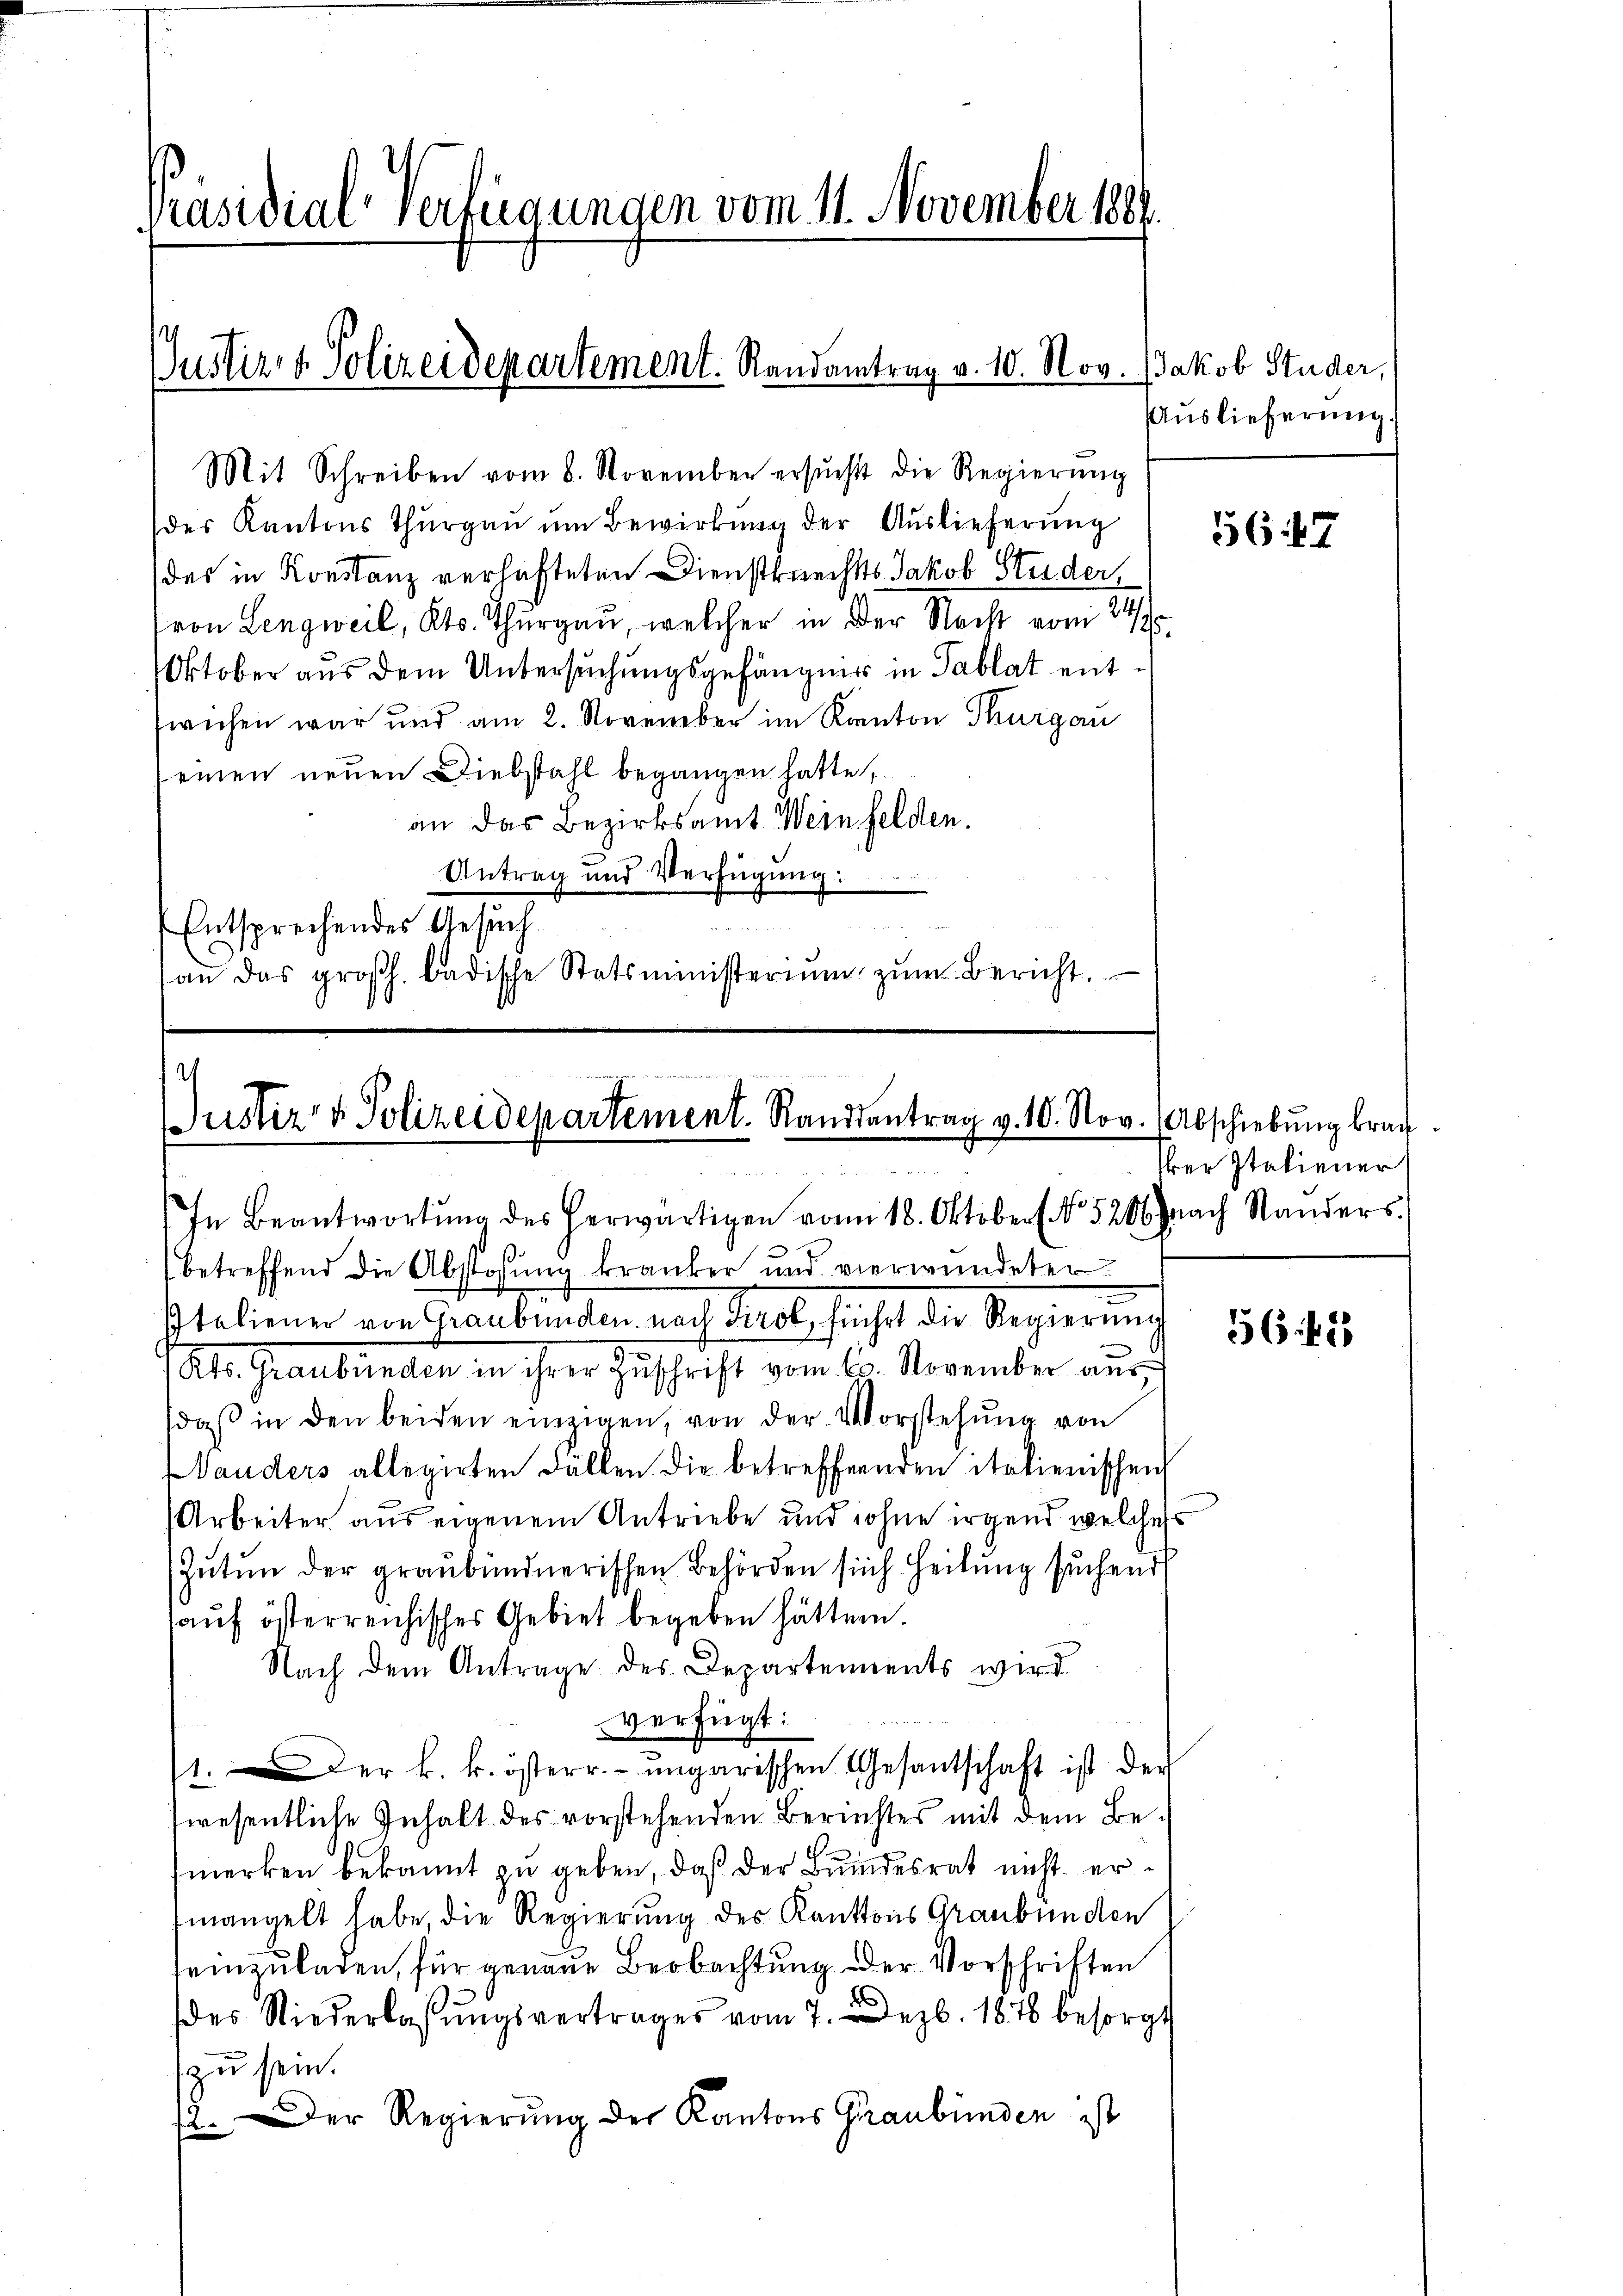
Präsidial-Verfügungen vom 11. November 1889.

Justiz- & Polizeidepartement. Randantrag v. 10. Nov.

fwechen war und am 2. November im Kanton Thurgau
einen neuen Diebstahl begangen hatte,
an das Bezirksamt Weinfelden.
Antrag und Verfügung:
a
Entsprechendes Gesuch
an das großh. badische Statsministerium zŭm Bericht.

Mit Schreiben vom 8. November ersŭcht die Regierŭng
des Kantons Thurgau um Bewirkung der Auslieferung
des in Konstanz verhafteten Dienstknechts Jakob Studer,
von Lengweil, Kts. Thurgau, welcher in der Nacht vom 24sten
Oktober aus dem Untersuchungsgefängnis in Tablat ent¬

Justiz & Polizeidepartement. Randsantrag v. 10. Nov. (Abschiebŭng brau

In Beantwortŭng des herwärtigen vom 18. Oktober (No. 5206 nach Standers.

betreffend die Abstossung kranker und verwundeter
Italienen von Graubünden nach dass sicht die Regierung
Atr. Graubünden in ihrer Zuschrift vom 10. November aus
daβ in den beiden einzigen, von der Vorstehŭng von
Hauders allegirten Fällen die betreffenden italienischen
Arbeiter aus eigenem Antriebe und ohne irgend welches
Zutun der graubündnerischen Behörden sich Heilung suchend
aŭf österreichisches Gebiet begeben hätten.
Nach dem Antrage des Departements wird
verfügt:
1. Der k. k. österr. ungarischen Gesantschaft ist der
swesentliche Inhalt des vorstehenden Berichtes mit dem Be-
merken bekannt zu geben, daß der Bundesrat nicht ermangelt habe, die Regierung des Kantons Graubünden
einzuladen, für genaue Beobachtung der Vorschriften
des Niederlassŭngsvertrages vom 7. Dez. 1876 besorgt
zu sein.
2. Der Regierung der Kantons Graubünden ist

Jakob Studer,
Auslieferung.

5647

Ver Italiener

56 f 2